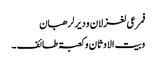
فمرعی لغزلان ودیر لرھبان
وبیت الاوثان وکعبۃ طائف ۔